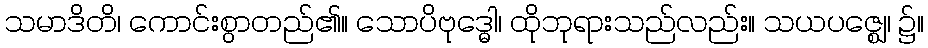
သမာဒိတိ၊ ကောင်းစွာတည်၏။ သောပိဗုဒ္ဓေါ၊ ထိုဘုရားသည်လည်း။ သယပဇ္ဈေ၊ ၌။